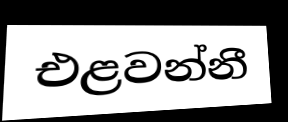
එළවන්නී